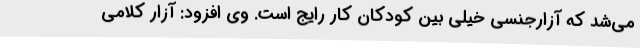
می‌شد که آزارجنسی خیلی بین کودکان کار رایج است. وی افزود: آزار کلامی